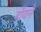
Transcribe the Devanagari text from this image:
बॉयने